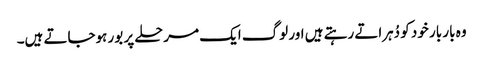
وہ بار بار خود کو دُہراتے رہتے ہیں اور لوگ ایک مرحلے پر بور ہوجاتے ہیں۔